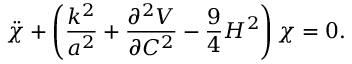
\ddot { \chi } + \left( \frac { k ^ { 2 } } { a ^ { 2 } } + \frac { \partial ^ { 2 } V } { \partial C ^ { 2 } } - \frac { 9 } { 4 } H ^ { 2 } \right) \chi = 0 .